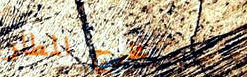
مخرج المطار